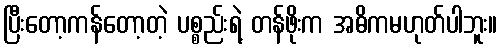
ပြီးတော့ကန်တော့တဲ့ ပစ္စည်းရဲ့ တန်ဖိုးက အဓိကမဟုတ်ပါဘူး။